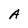
Character: A